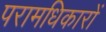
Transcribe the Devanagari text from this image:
परामधिकारों